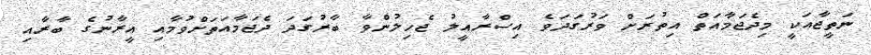
ނަތީޖާއަކީ މިދެޖަމާއަތް އިތުރަށް ވަރުގަދަވެ އިސްރާއީލު ޖެހިލުންވާ ބާރުގަދަ ދެޖަމާއަތަށްވުމާއި އީރާނުގެ ބާރާއި